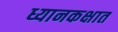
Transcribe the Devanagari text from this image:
ध्यानकक्षात